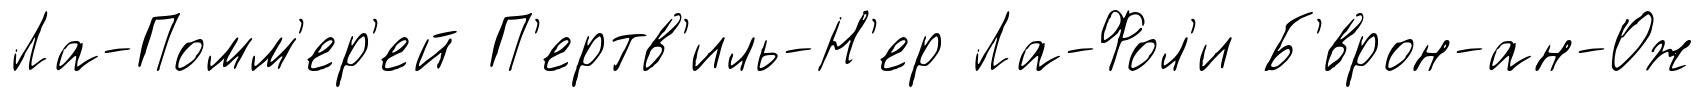
Ла-Помм'ер'ей П'ертв'иль-Н'ер Ла-Фол'и Б'́врон-ан-Ож